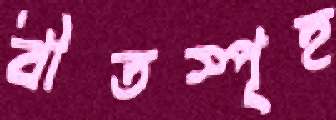
বীতস্পৃহ